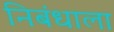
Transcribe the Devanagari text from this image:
निबंधाला